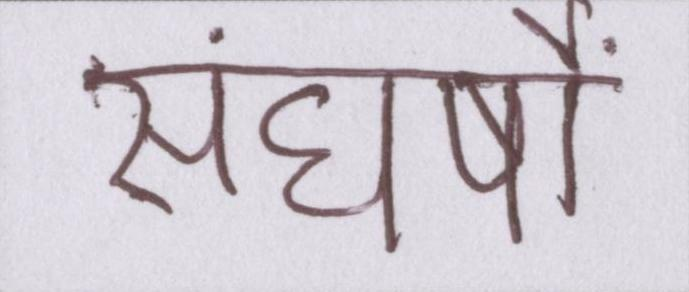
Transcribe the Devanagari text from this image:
संघर्षों